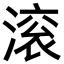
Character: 滚